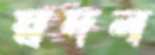
স্বদল